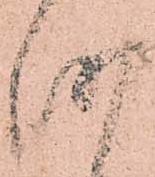
越